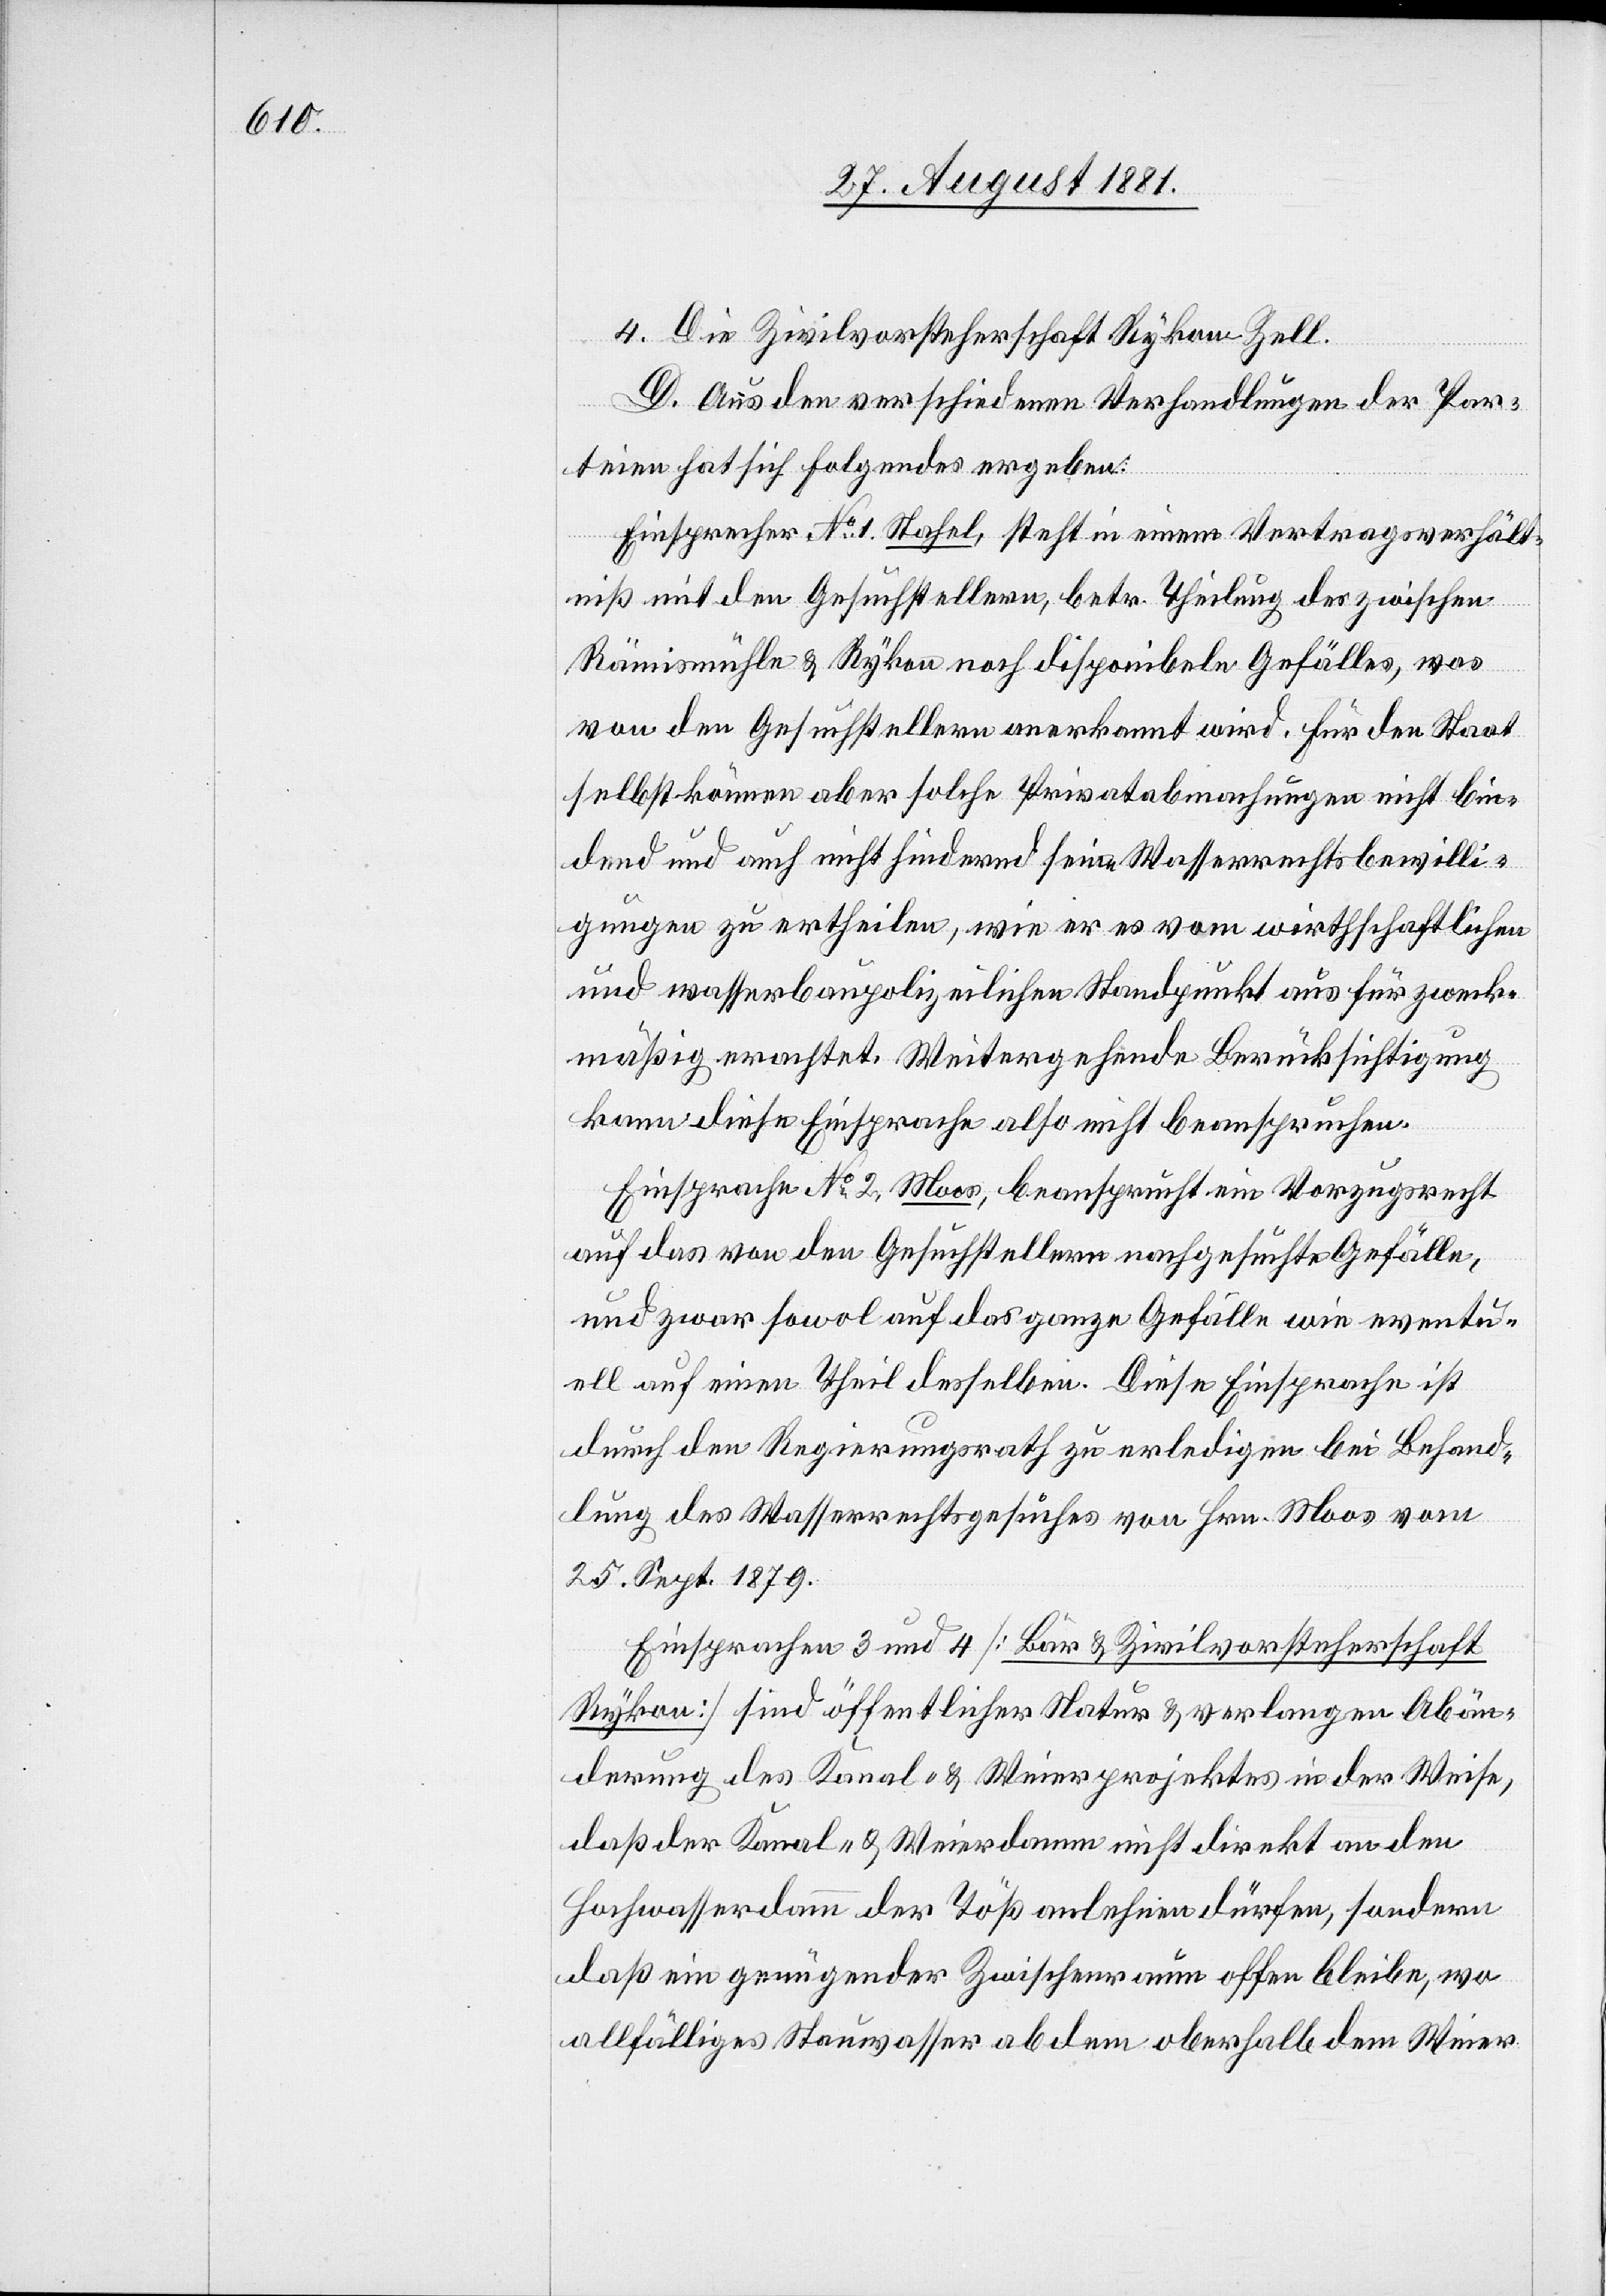
Die Zivilvorsteherschaft Rykon - Zell.
D. Aus den verschiedenen Verhandlungen der Par¬
teien hat sich Folgendes ergeben:
Einsprecher No 1, Stahel, steht in einem Vertragsverhält¬
niß mit den Gesuchstellern, betr. Theilung des zwischen
Rämismühle & Rykon nach disponibeln Gefälles, was
von den Gesuchstellern anerkannt wird, für den Staat
selbst können aber solche Privatabmachungen nicht bin¬
dend und auch nicht hindernd [sic!] seine Wasserrechtsbewilli¬
gungn zu ertheilen, wie er es vom wirthschaftlichen
und wasserbaupolizeilichen Standpunkt aus für zweck¬
mäßig erachtet. Weitergehende Berücksichtigung
kann diese Einsprache also nicht beanspruchen.
Einsprache No 2, Moos, beansprucht ein Vorzugsrecht
auf das von den Gesuchstellern nachgesuchte Gefälle,
und zwar sowol auf das ganze Gefälle wie eventu¬
ell auf einen Theil desselben. Diese Einsprache ist
durch den Regierungsrath zu erledigen bei Behand¬
lung des Wasserrechtsgesuches von Hr. Moos vom
25. Sept. 1879.
Einsprachen 3 und 4 [Bär & Zivilvorsteherschaft
Rykon] sind öffentlicher Natur & verlangen Abän¬
derung des Kanal- & Weierprojektes in der Weise,
daß der Kanal-& Weierdamm nicht direkt an den
Hochwasserdamm der Töß anlehnen dürfen, sondern
daß ein genügender Zwischenraum offen bleibe, wo
allfälliges Stauwasser ab dem oberhalb dem Weier